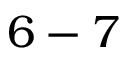
6 - 7